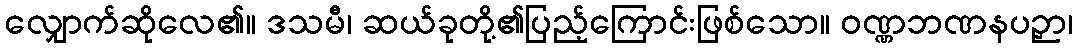
လျှောက်ဆိုလေ၏။ ဒသမီ၊ ဆယ်ခုတို့၏ပြည့်ကြောင်းဖြစ်သော။ ဝဏ္ဏဘဏနပဉှာ၊